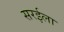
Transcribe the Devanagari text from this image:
सरईला